Indian journal of veterinary science and animal husbandry - Volume 3,
Year: 1933
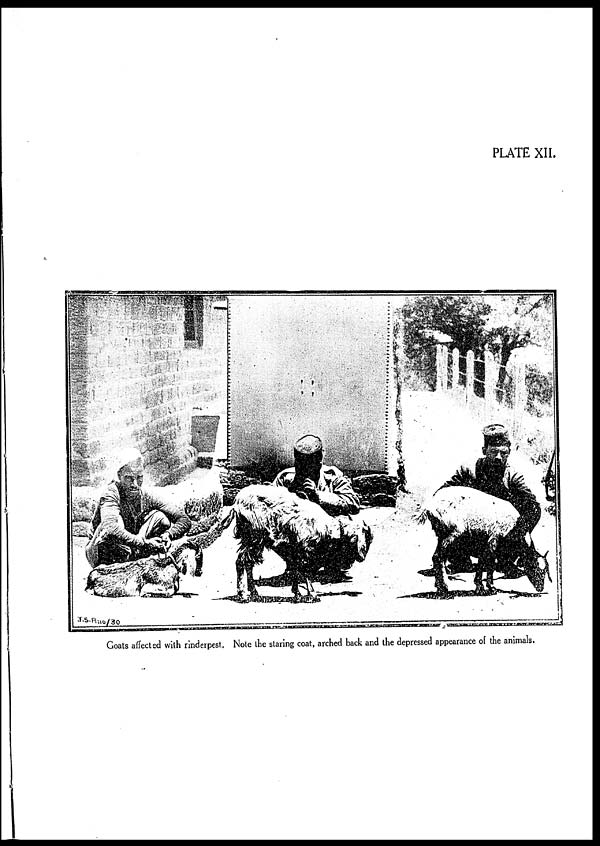
PLATE XII.
Goats affected with rinderpest. Note the staring coat, arched back and the depressed appearance of the animals.